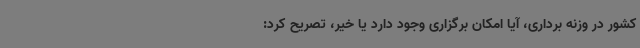
کشور در وزنه برداری، آیا امکان برگزاری وجود دارد یا خیر، تصریح کرد: